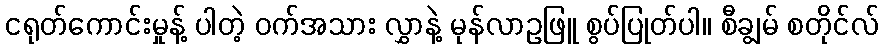
ငရုတ်ကောင်းမှုန့် ပါတဲ့ ဝက်အသား လွှာနဲ့ မုန်လာဥဖြူ စွပ်ပြုတ်ပါ။ စီချွမ် စတိုင်လ်